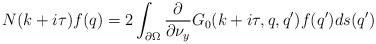
LaTeX: \begin{align*} N(k + i \tau)f(q) = 2 \int_{\partial\Omega}\frac{\partial}{\partial \nu_y} G_0(k + i \tau, q, q')f(q') ds(q')\end{align*}